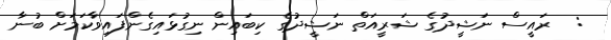
:  ރައީސް ނަޝީދުގެ ޝަރީއަތް ނަޝީދުގެ ކިބައިން ނިގުޅައިގެންފައިވާކަމަށް ބުނާ